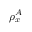
\rho _ { x } ^ { A }